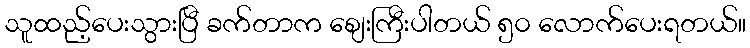
သူထည့်ပေးသွားပြီ ခက်တာက စျေးကြီးပါတယ် ၅၀ လောက်ပေးရတယ်။